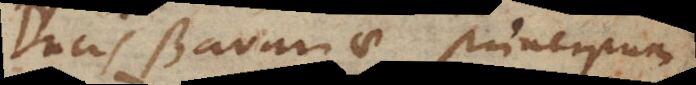
Ducis Bavariae, principum